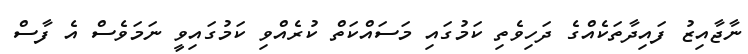
ނާޖާއިޒު ފައިދާތަކެއްގެ ދަހިވެތި ކަމުގައި މަސައްކަތް ކުރެއްވި ކަމުގައިވީ ނަމަވެސް އެ ފާސް